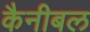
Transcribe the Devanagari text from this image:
कैनीबल